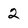
Character: 2